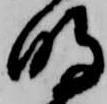
明